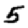
Digit: 5